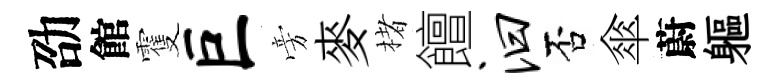
劭館䨥巨旁麥楮饘汩否傘蔚軀